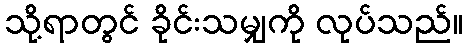
သို့ရာတွင် ခိုင်းသမျှကို လုပ်သည်။